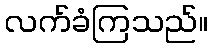
လက်ခံကြသည်။